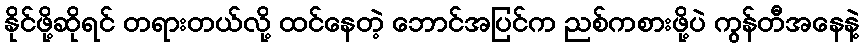
နိုင်ဖို့ဆိုရင် တရားတယ်လို့ ထင်နေတဲ့ ဘောင်အပြင်က ညစ်ကစားဖို့ပဲ ကွန်တီအနေနဲ့